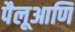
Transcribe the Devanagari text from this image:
पैलूआणि